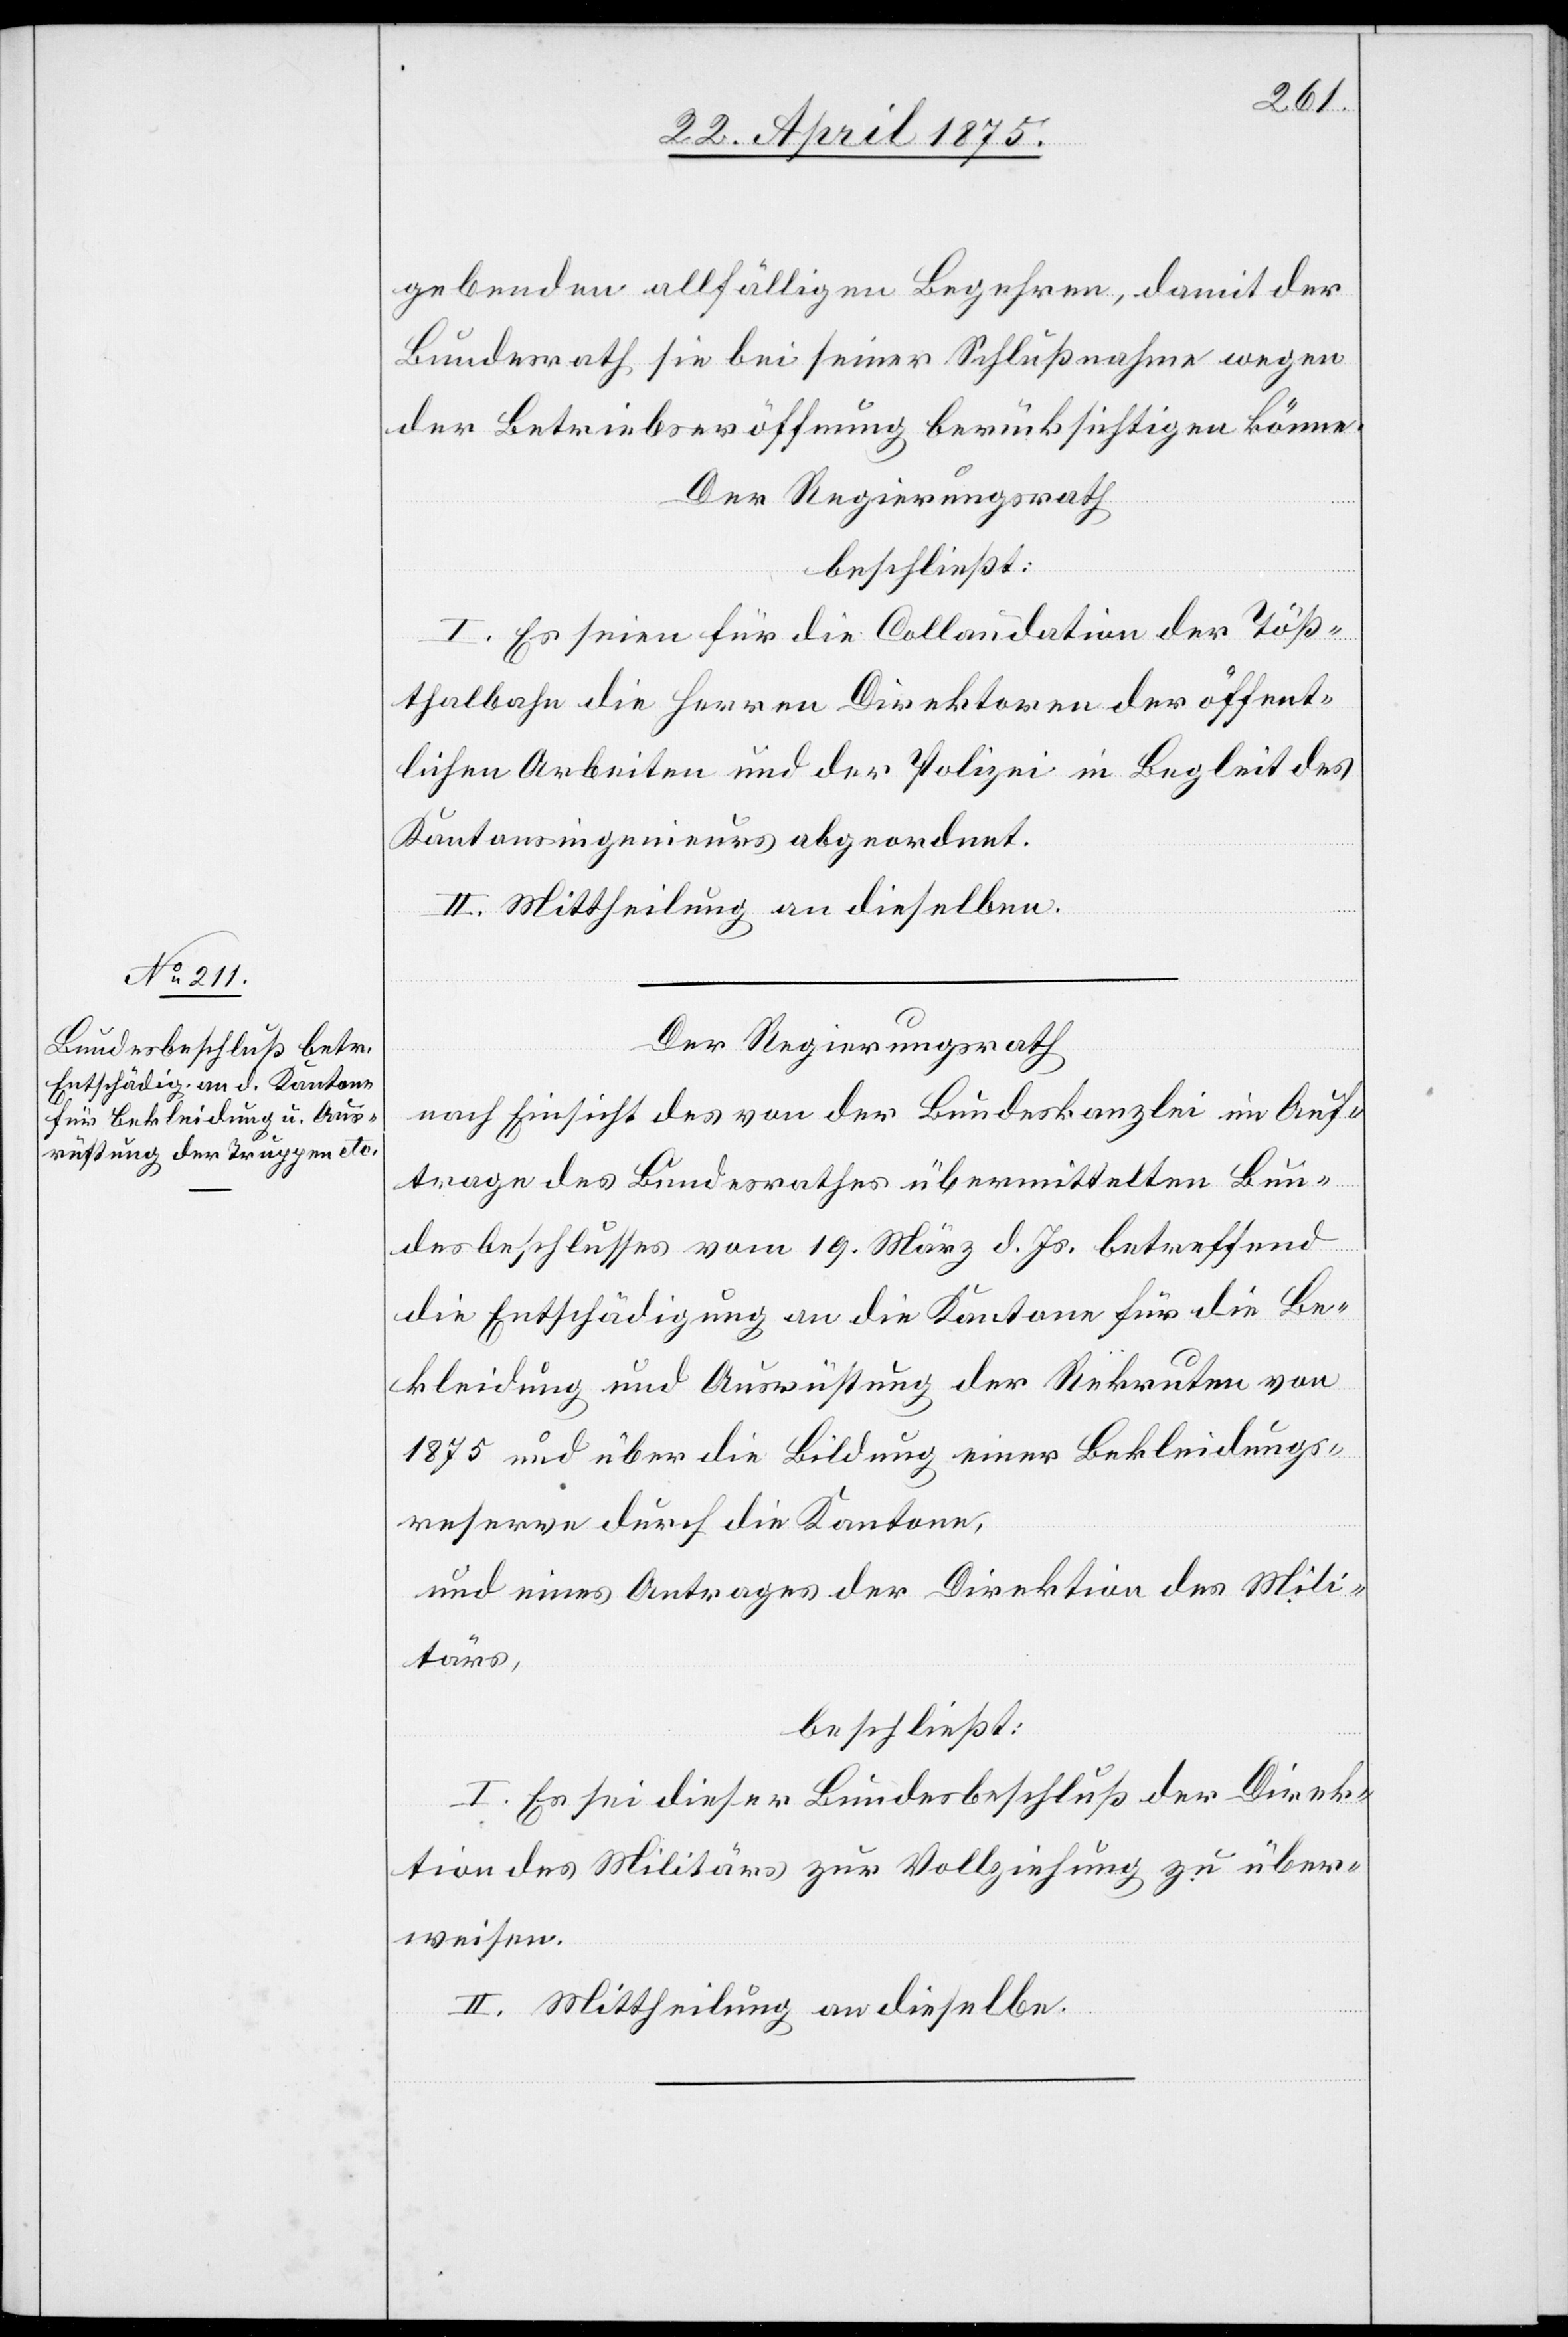
gebenden allfälligen begehren, damit der
Bundesrath sie bei seiner Schlußnahme wegen
der Betriebseröffnung berücksichtigen könne.
Der Regierungsrath
beschließt:
I. Es seien für die Collaudation der Töß¬
thalbahn die Herren Direktoren der öffent¬
lichen Arbeiten und der Polizei in Begleit des
Kantonsingenieurs abgeordnet.
II. Mittheilung an dieselben.
Der Regierungsrath
nach Einsicht des von der Bundeskanzlei im Auf¬
trage des Bundesrathes übermittelten Bun¬
desbeschlusses vom 19. März d. Js. betreffend
die Entschädigung an die Kantone für die Be¬
kleidung und Ausrüstung der Rekruten von
1875 und über die Bildung einer Bekleidungs¬
reserve durch die Kantone,
und eines Antrages der Direktion des Mili¬
tärs,
beschließt:
I. Es sei dieser Bundesbeschluß der Direk¬
tion des Militärs zur Vollziehung zu über¬
weisen.
II. Mittheilung an dieselbe.